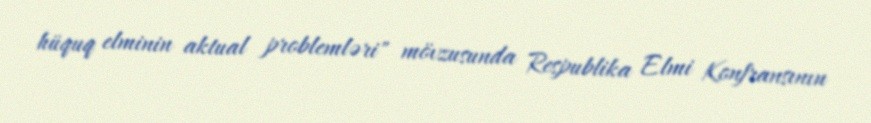
hüquq elminin aktual problemləri" mövzusunda Respublika Elmi Konfransının